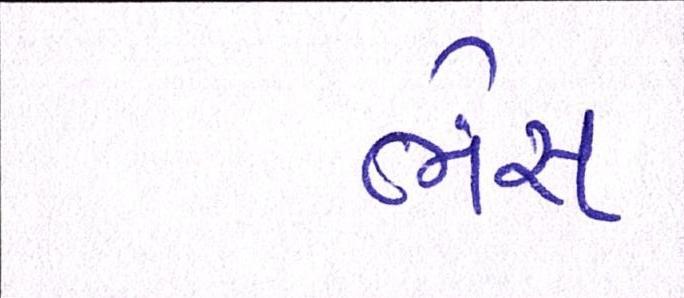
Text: ભેંસ